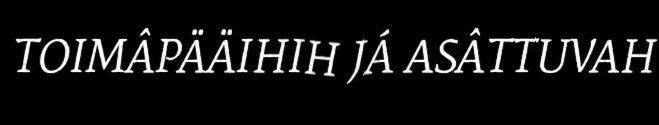
TOIMÂPÄÄIHIH JÁ ASÂTTUVAH